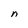
Character: d